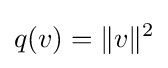
q(v)=\Vert v\Vert ^{2}